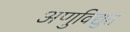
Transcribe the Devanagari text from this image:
अणुविद्युत